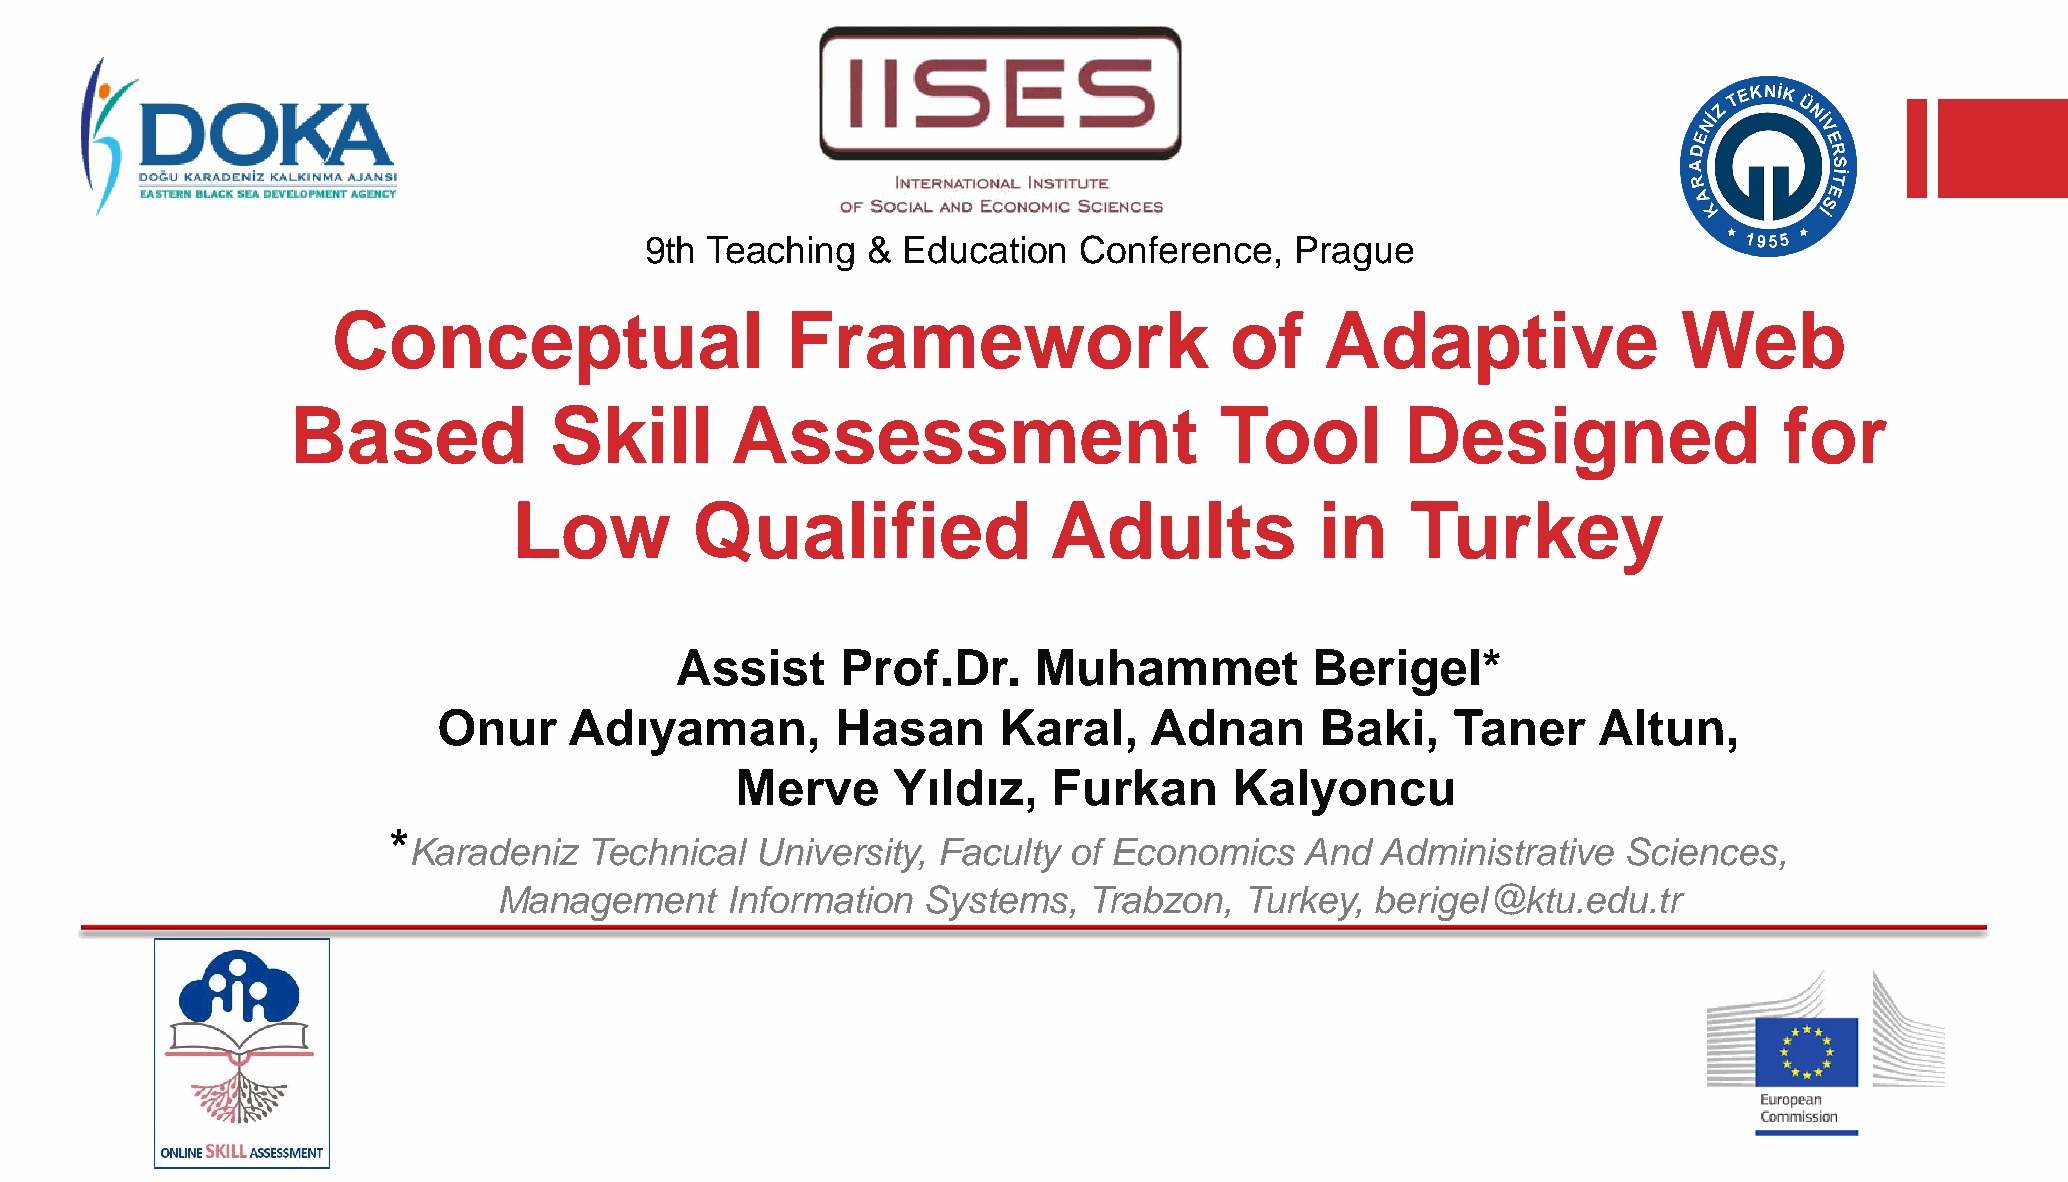
9th Teaching  &  Education  Conference,    Prague
 Conceptual                    Framework                    of     Adaptive               Web
 Based            Skill       Assessment                       Tool        Designed                 for
 Low         Qualified              Adults            in    Turkey
 Assist     Prof.Dr.    Muhammet           Berigel*
 Onur     Adıyaman,        Hasan      Karal,    Adnan      Baki,    Taner     Altun,
 Merve     Yıldız,    Furkan      Kalyoncu
 *
 Karadeniz   Technical  University, Faculty  of Economics   And  Administrative   Sciences,
 Management     Information  Systems,   Trabzon,  Turkey,  berigel@ktu.edu.tr